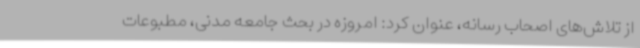
از تلاش‌های اصحاب رسانه، عنوان کرد: امروزه در بحث جامعه مدنی، مطبوعات